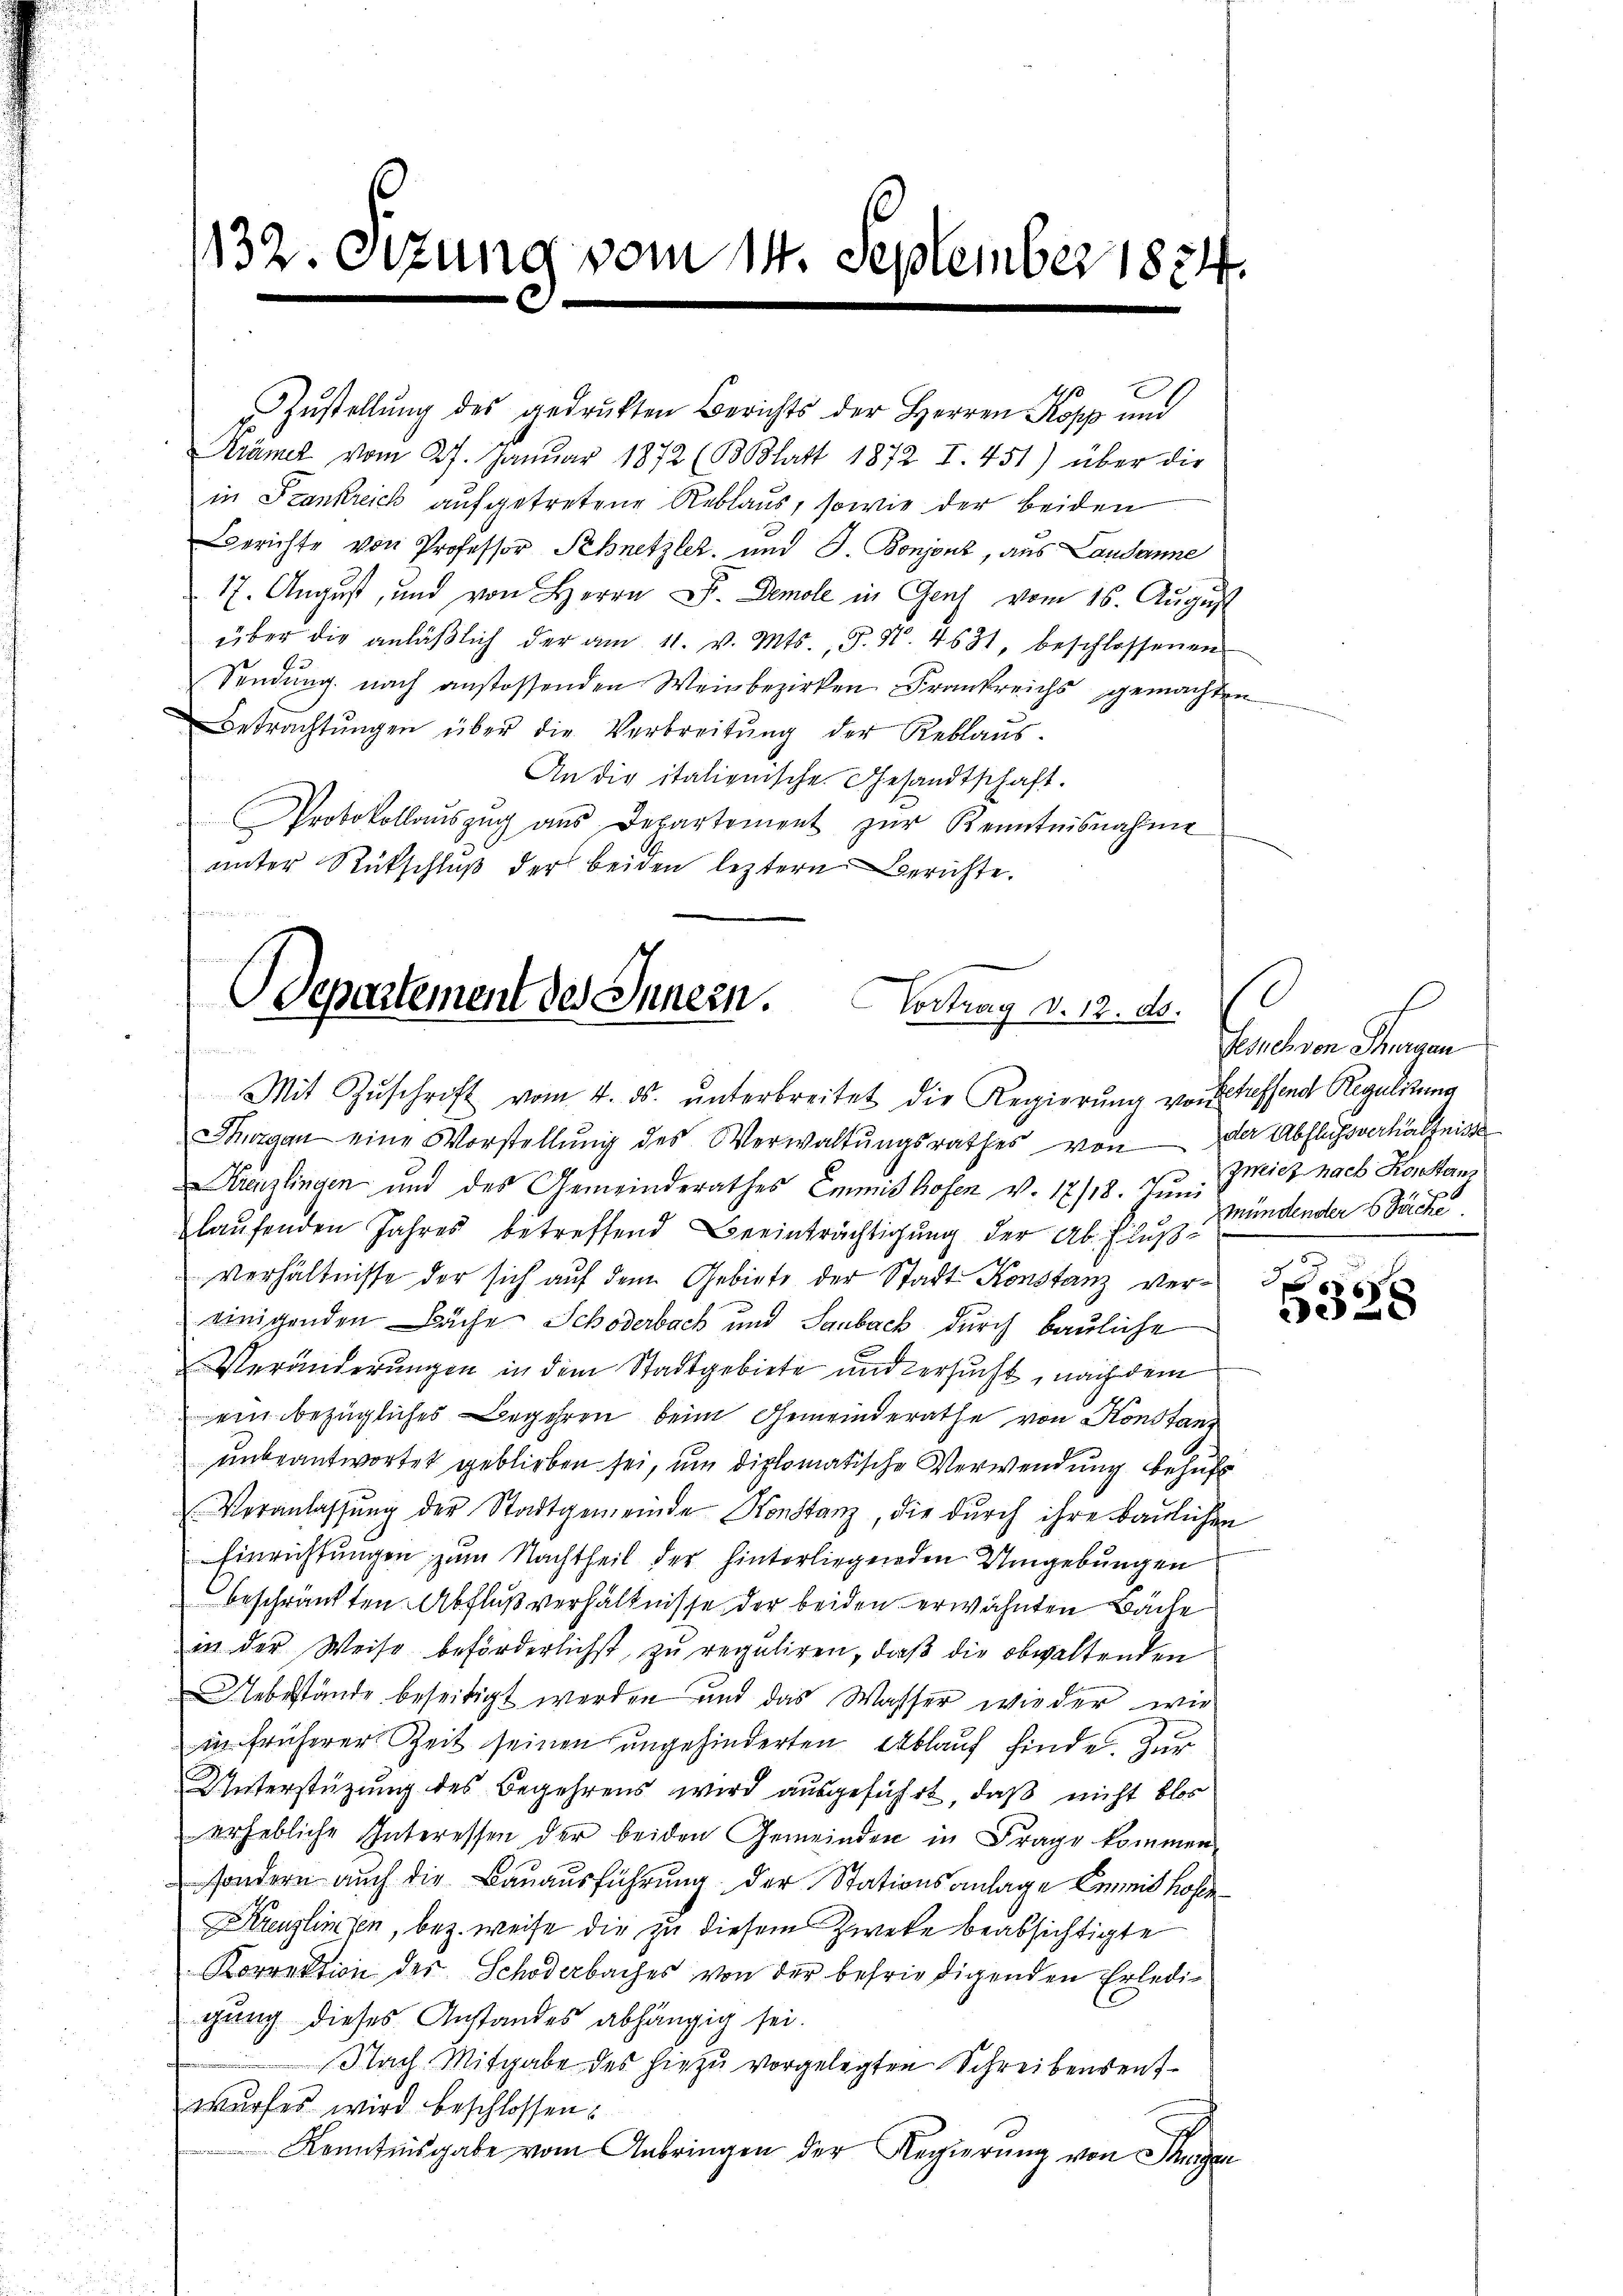
Zustellŭng des gedrukten Berichts der Herren Kopp und
Krämer vom 27. Januar 1872 (B Blatt 1872 I. 451) über die
in Frankreich aufgetretene Reblaus, sowie der beiden
Berichte von Professor Schnetzler, und J. Bonjonz, aus Landonne
17. August, und von Herrn D. Demole in Genf vom 16. August
über die anläβlich der am 11. v. Mts., S. Nr. 4631, beschlossenen
Sendung nach anstossenden Weinbezirken Frankreichs gemachten
Betrachtŭngen über die Verbreitŭng der Reblaŭs.
An die italienische Gesandtschaft.
Protokollaŭszŭg aŭs Departement zŭr Kenntnisnahme
unter Rückschluß der beiden leztern Berichte.

1132. Sizung vom 14. September 1824.

Departement des Innern. Vortrag v. 12. d.
Mit Zŭschrift vom 4. ds. ŭnterbreitet die Regierŭng vorgetreffend Regulirung

s
Gesuch von Thurgau
Zwicz nach Konstanz
mündender Sache

Thurgau eine Vorstellŭng des Verwaltŭngsrathes von der Abflugsverhältnisse
Kreislingen und des Gemeinderathes Emmit hofen v. 17/18. Juni
laŭfenden Jahres betreffend Beeinträchtigung der Abfluß¬
Verhältnisse der sich auf dem Gebiete der Stadt Konstanz vereinigenden Bäche Schöderbach und Saubach durch Bauliche
Veränderungen in dem Stadtgebiete und versucht, nach dem
ein bezügliches Begehren beim Gemeinderathe von Konstanz
unbeantwortet geblieben sei, um diplomatische Verwendung behufs
Veranlassŭng der Stadtgemeinde Konstanz, die durch ihre baulichen
Einrichtungen zum Nachtheil der hinterliegenden Umgebungen
beschränkten Abflußverhältnisse der beiden erwähnten Bäche
in der Weise beförderlichst, zu reguliren, daß die obwaltenden
ebestände beseitigt werden und das Wasser wieder wie
in früherer Zeit seinen ungehinderten Ablauf finde. Zur
Unterstützung des Begehrens wird ausgeführt, daß nicht blos
erhebliche Interessen der beiden Gemeinden in Frage kommen
sondern auch die Bauausführung der Stationsanlage mit hoffe
Kreuzlingen, bez. weise die zu diesem Zwecke beabsichtigte
Korrektion der Schöderbaches von der befriedigenden Erledigung dieses Anstandes abhängig sei.
Nach Mitgabe des hiezu vorgelegten Schreibensentwurfes wird beschlossen:
Kenntnisgabe vom Anbringen der Regierung von Sturzer

3
xxx
28